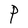
Character: P